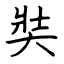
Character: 奘